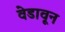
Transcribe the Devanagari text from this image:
वेडावून